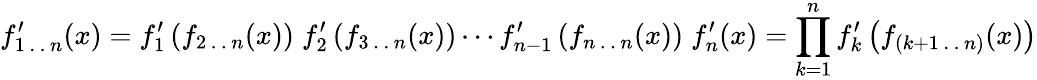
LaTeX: f_{1\, .\, .\, n}^{\prime}(x)=f_{1}^{\prime}\left(f_{2\, .\, .\, n}(x)\right)\; f_{2}^{\prime}\left(f_{3\, .\, .\, n}(x)\right)\cdots f_{n-1}^{\prime}\left(f_{n\, .\, .\, n}(x)\right)\; f_{n}^{\prime}(x)=\prod_{k=1}^{n}f_{k}^{\prime}\left(f_{(k+1\, .\, .\, n)}(x)\right)